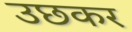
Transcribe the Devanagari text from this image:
उछकर